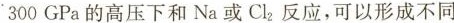
300GPa的高压下和Na或Cl_{2}反应，可以形成不同